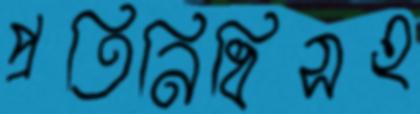
প্রতিনিধিসহ